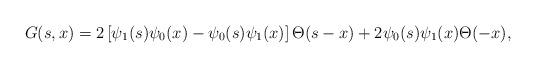
LaTeX: \begin{align*}G(s,x) = 2 \left[\psi_{1}(s) \psi_{0}(x)- \psi_{0}(s) \psi_{1}(x) \right] \Theta(s-x) +2 \psi_0(s) \psi_1(x) \Theta(-x),\end{align*}